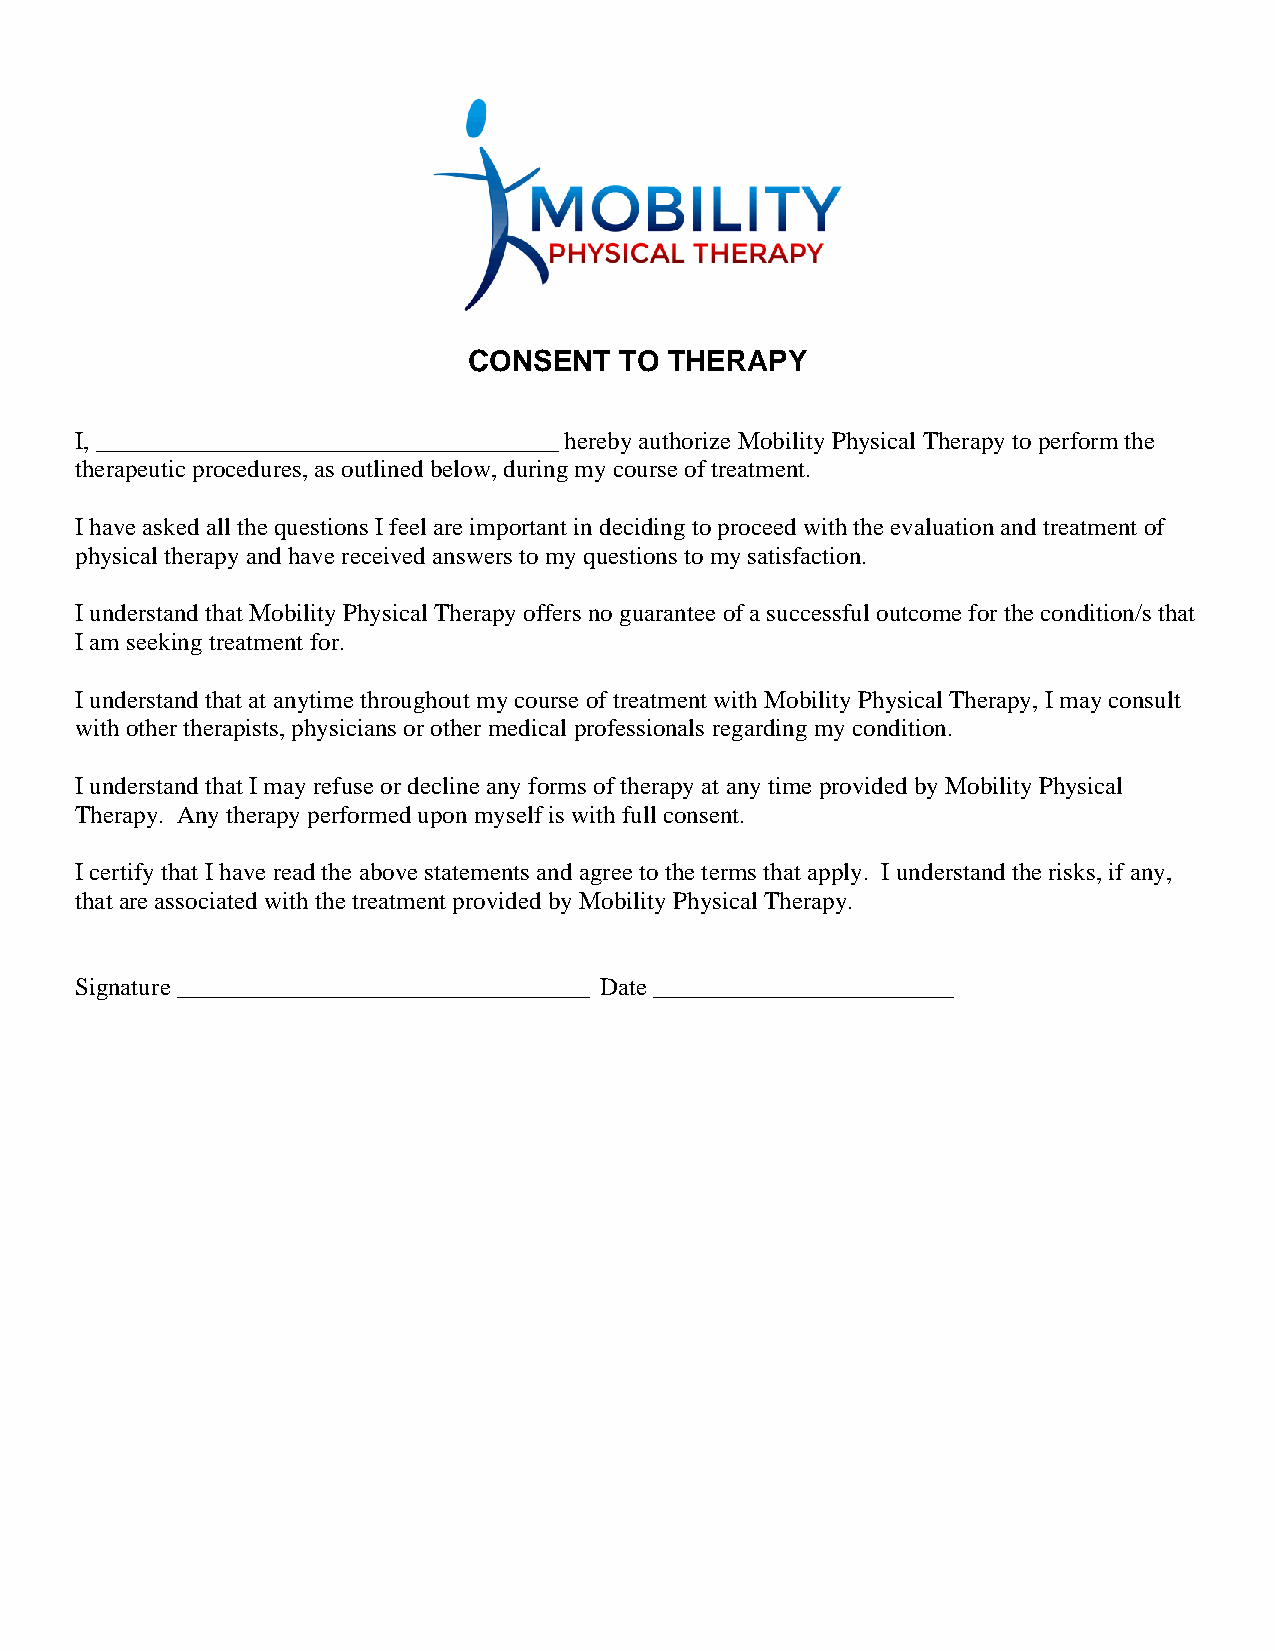
CONSENT   TO THERAPY
 I, _____________________________________ hereby authorize Mobility Physical Therapy to perform the
 therapeutic procedures, as outlined below, during my course of treatment.
 I have asked all the questions I feel are important in deciding to proceed with the evaluation and treatment of
 physical therapy and have received answers to my questions to my satisfaction.
 I understand that Mobility Physical Therapy offers no guarantee of a successful outcome for the condition/s that
 I am seeking treatment for.
 I understand that at anytime throughout my course of treatment with Mobility Physical Therapy, I may consult
 with other therapists, physicians or other medical professionals regarding my condition.
 I understand that I may refuse or decline any forms of therapy at any time provided by Mobility Physical
 Therapy. Any therapy performed upon myself is with full consent.
 I certify that I have read the above statements and agree to the terms that apply. I understand the risks, if any,
 that are associated with the treatment provided by Mobility Physical Therapy.
 Signature _________________________________ Date ________________________